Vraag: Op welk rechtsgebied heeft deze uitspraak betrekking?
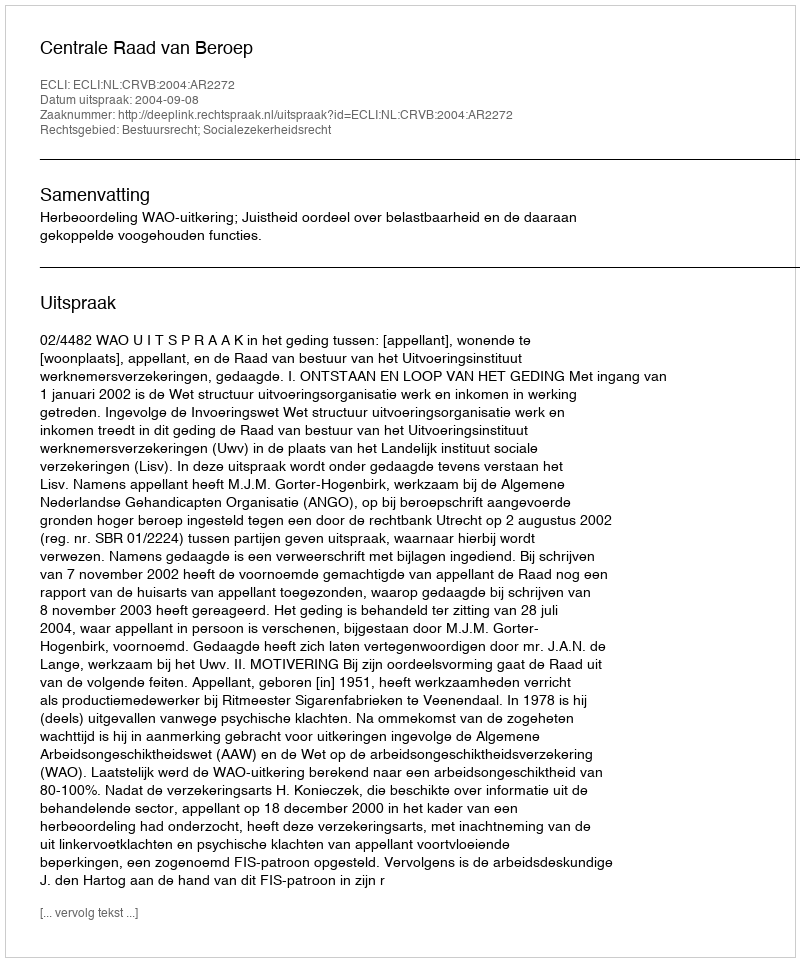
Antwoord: Bestuursrecht; Socialezekerheidsrecht